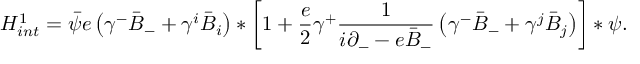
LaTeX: { H } _ { i n t } ^ { 1 } = \bar { \psi } e \left( \gamma ^ { - } \bar { B } _ { - } + \gamma ^ { i } \bar { B } _ { i } \right) \ast \left[ 1 + \frac { e } { 2 } \gamma ^ { + } \frac { 1 } { i \partial _ { - } - e \bar { B } _ { - } } \left( \gamma ^ { - } \bar { B } _ { - } + \gamma ^ { j } \bar { B } _ { j } \right) \right] \ast \psi .